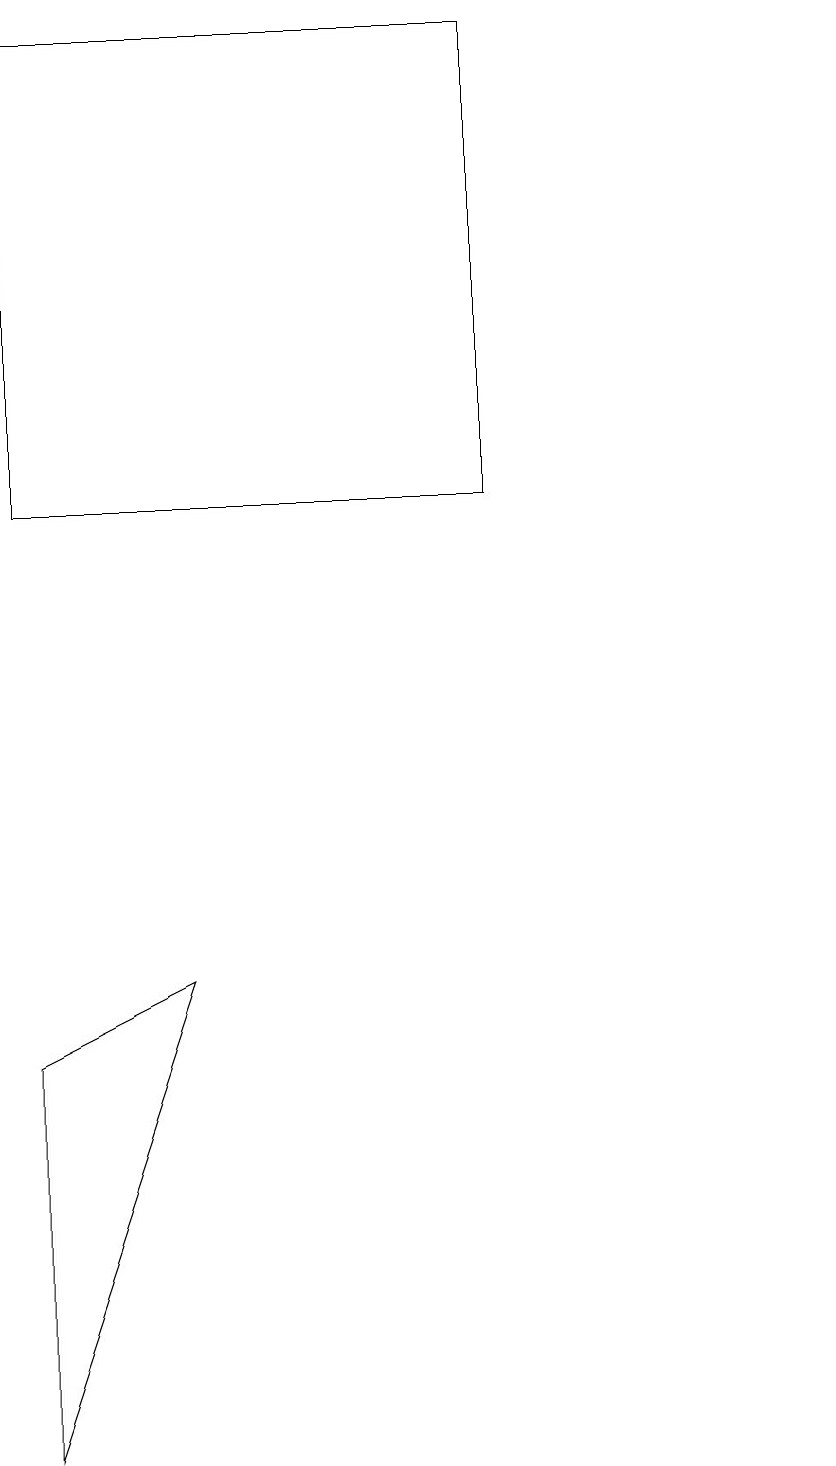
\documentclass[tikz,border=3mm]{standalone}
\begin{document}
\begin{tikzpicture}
\draw (10,11) circle (0);
\draw (0,18) rectangle (6,12);
\draw (2,6) -- (0,0) -- (0,5) -- cycle;
\draw (10,12) circle (0);
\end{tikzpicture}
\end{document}